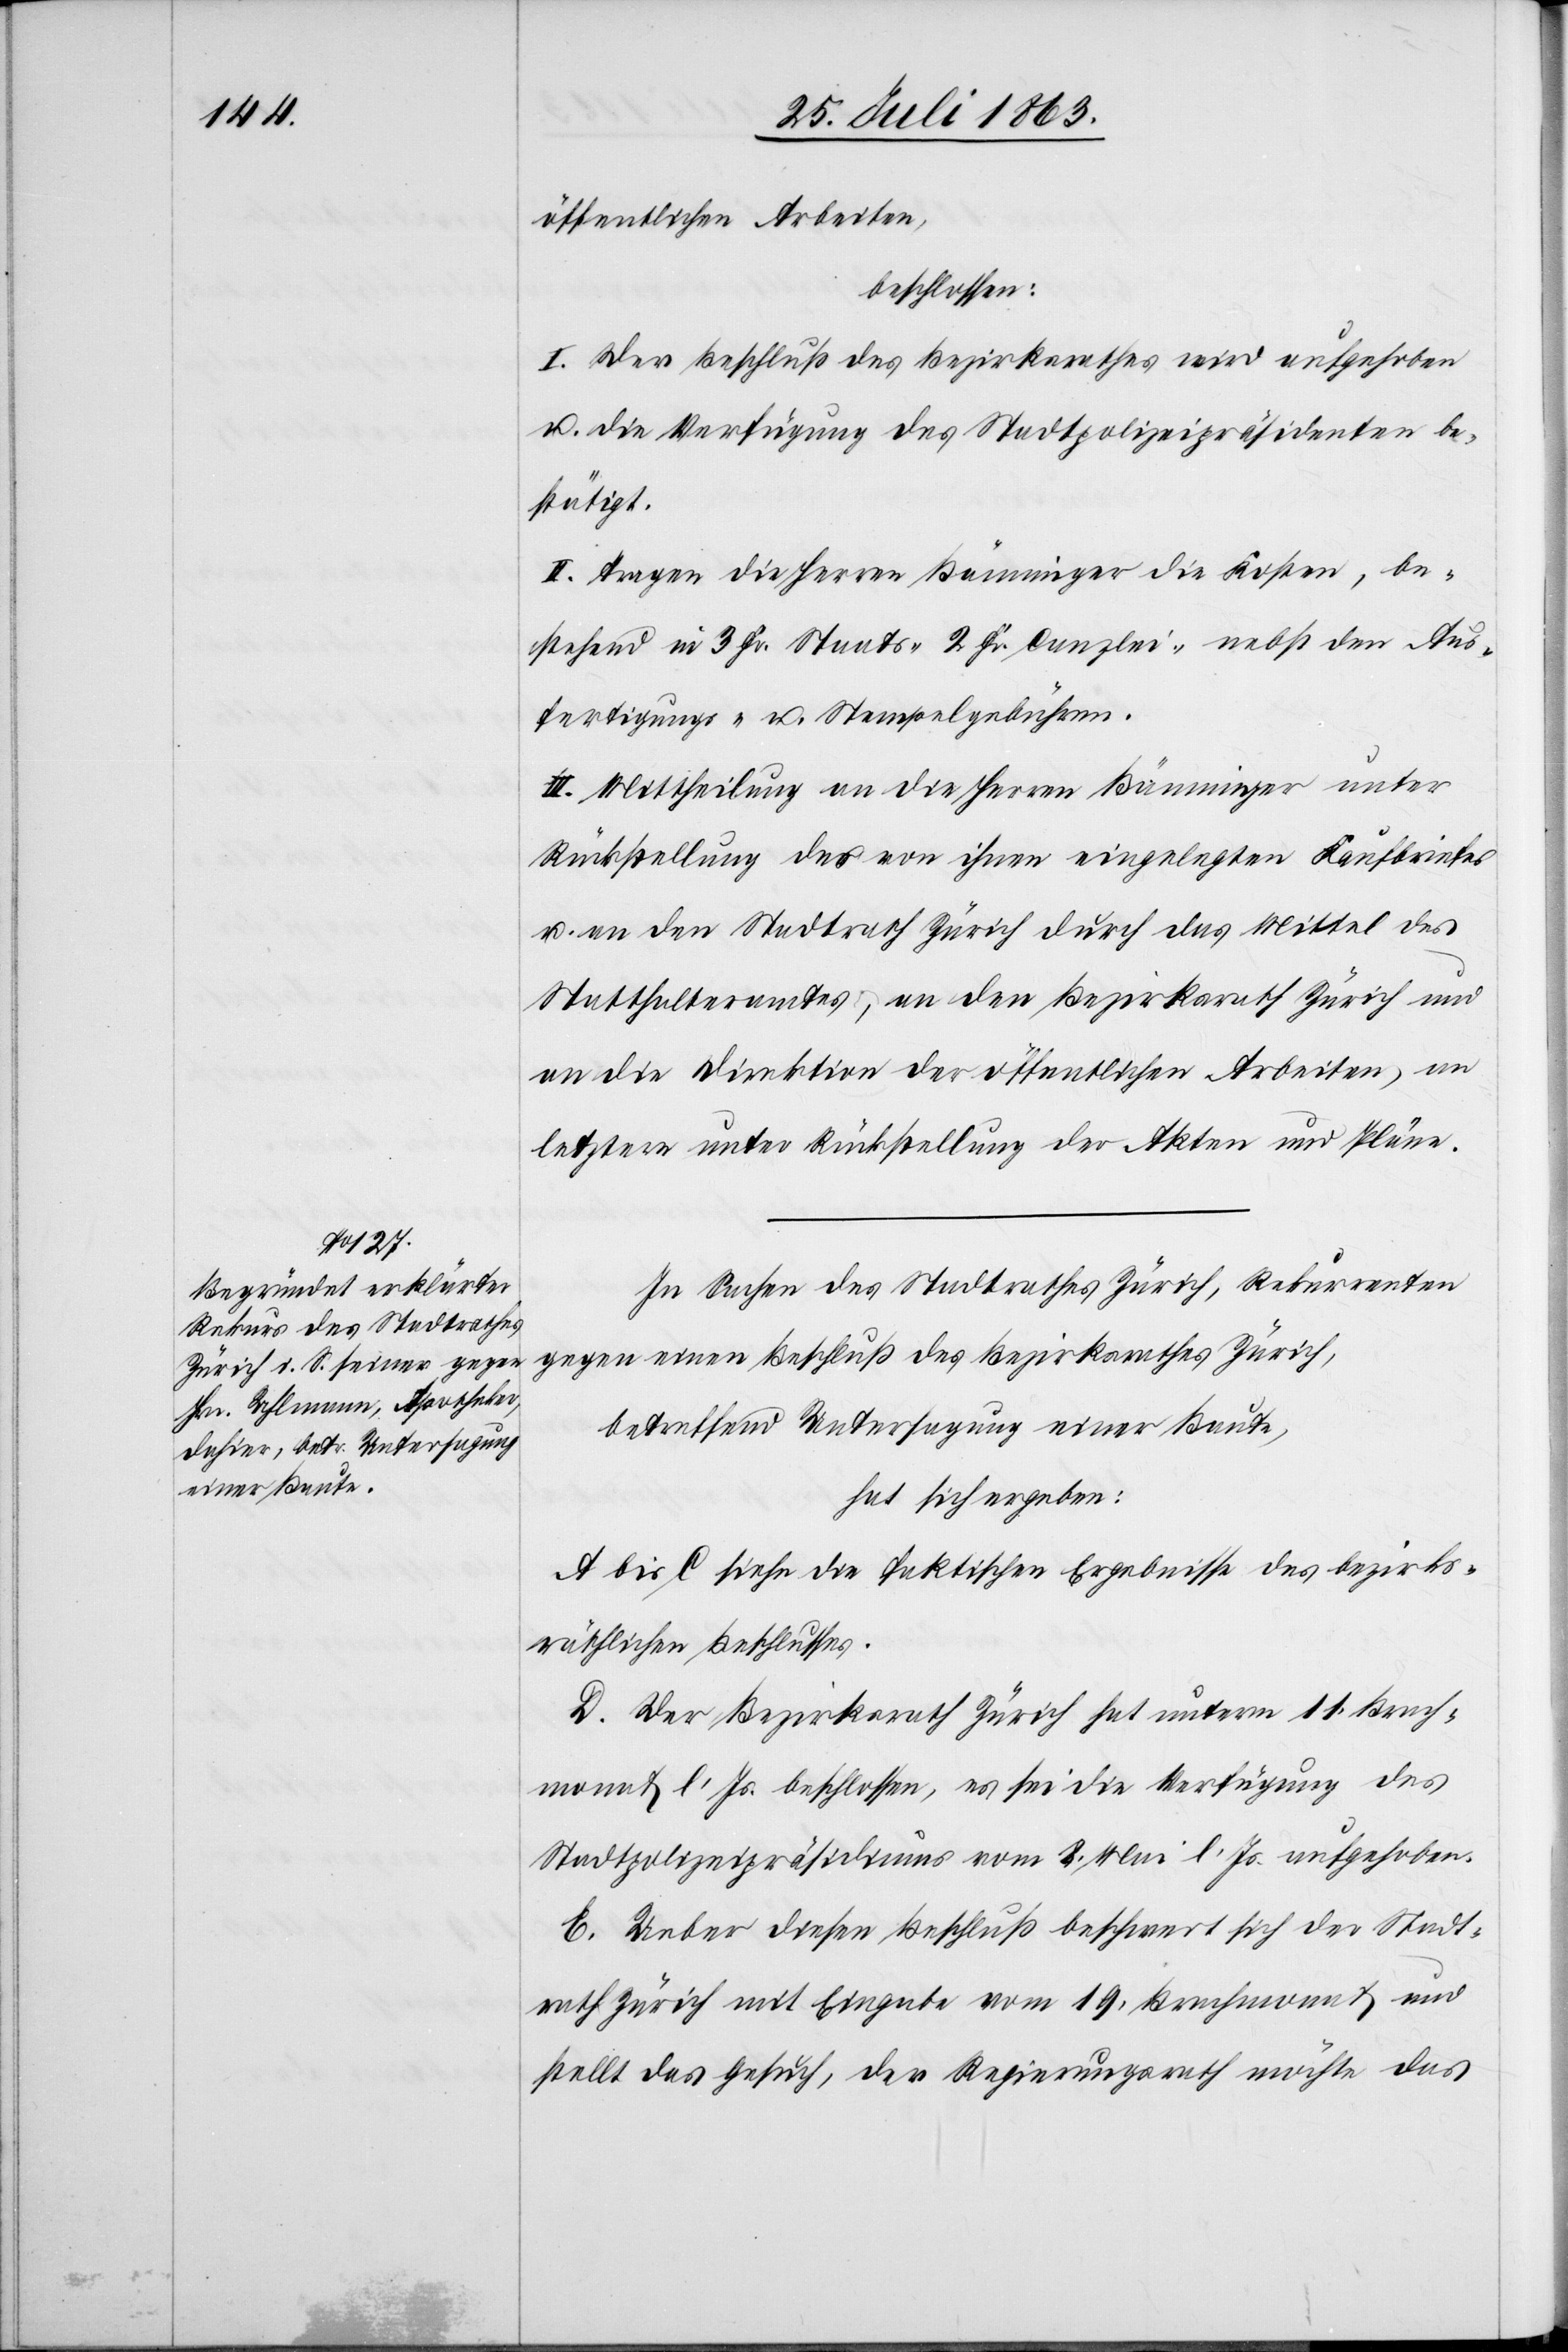
öffentlichen Arbeiten,
beschlossen:
I. Der Beschluß des Bezirksrathes wird aufgehoben
u. die Verfügung des Stadtpolizeipräsidenten be¬
stätigt.
II. Tragen die Herren Bänninger die Kosten, be¬
stehend in 3 Fr. Staats-[,] 2 Fr. Canzlei- nebst den Aus¬
fertigungs- u. Stempelgebühren.
III. Mittheilung an die Herren Bänninger unter
Rückstellung des von ihnen eingelegten Kaufbriefes
u. an den Stadtrath Zürich durch das Mittel des
Statthalteramtes, an den Bezirksrath Zürich und
an die Direktion der öffentlichen Arbeiten, an
letztere unter Rückstellung der Akten und Pläne.
In Sachen des Stadtrathes Zürich, Rekurrenten
gegen einen Beschluß des Bezirksrathes Zürich,
betreffend Untersagung einer Baute,
hat sich ergeben:
A bis C siehe die faktischen Ergebnisse des bezirks¬
räthlichen Beschlusses.
D. Der Bezirksrath Zürich hat unterm 11. Brach¬
monat l. Js. beschlossen, es sei die Verfügung des
Stadtpolizeipräsidiums vom 8. Mai l. Js. aufgehoben.
E. Ueber diesen Beschluß beschwert sich der Stadt¬
rath Zürich mit Eingabe vom 19. Brachmonat und
stellt das Gesuch, der Regierungsrath möchte das